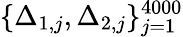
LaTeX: \{ \Delta_{1,j},\Delta_{2,j}\} _{j=1}^{4000}